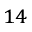
^ { 1 4 }